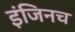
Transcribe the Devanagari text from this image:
इंजिनच